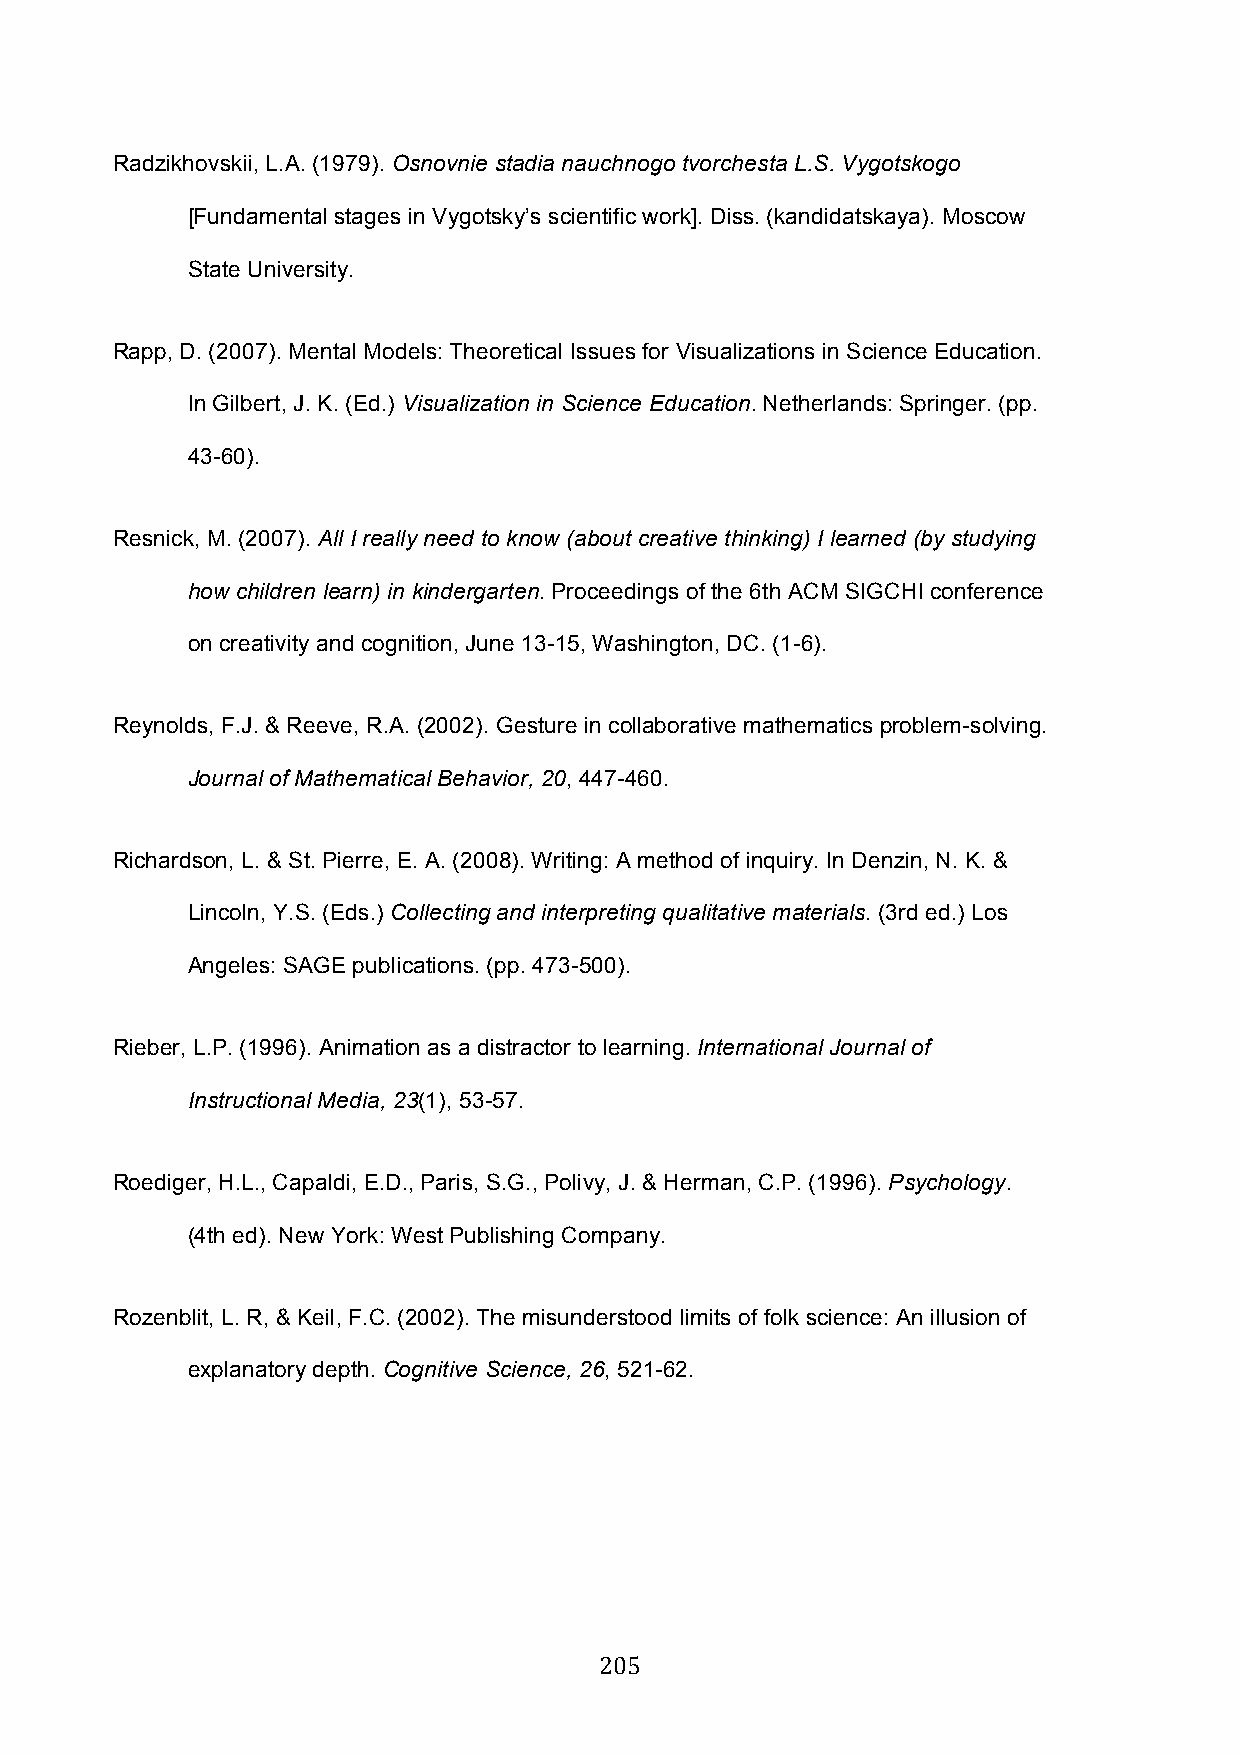
Radzikhovskii, L.A. (1979). Osnovnie stadia nauchnogo tvorchesta L.S. Vygotskogo
 [Fundamental stages in Vygotsky’s scientific work]. Diss. (kandidatskaya). Moscow
 State University.
 Rapp, D. (2007). Mental Models: Theoretical Issues for Visualizations in Science Education.
 In Gilbert, J. K. (Ed.) Visualization in Science Education. Netherlands: Springer. (pp.
 43-60).
 Resnick, M. (2007). All I really need to know (about creative thinking) I learned (by studying
 how children learn) in kindergarten. Proceedings of the 6th ACM SIGCHI conference
 on creativity and cognition, June 13-15, Washington, DC. (1-6).
 Reynolds, F.J. & Reeve, R.A. (2002). Gesture in collaborative mathematics problem-solving.
 Journal of Mathematical Behavior, 20, 447-460.
 Richardson, L. & St. Pierre, E. A. (2008). Writing: A method of inquiry. In Denzin, N. K. &
 Lincoln, Y.S. (Eds.) Collecting and interpreting qualitative materials. (3rd ed.) Los
 Angeles: SAGE publications. (pp. 473-500).
 Rieber, L.P. (1996). Animation as a distractor to learning. International Journal of
 Instructional Media, 23(1), 53-57.
 Roediger, H.L., Capaldi, E.D., Paris, S.G., Polivy, J. & Herman, C.P. (1996). Psychology.
 (4th ed). New York: West Publishing Company.
 Rozenblit, L. R, & Keil, F.C. (2002). The misunderstood limits of folk science: An illusion of
 explanatory depth. Cognitive Science, 26, 521-62.
 205